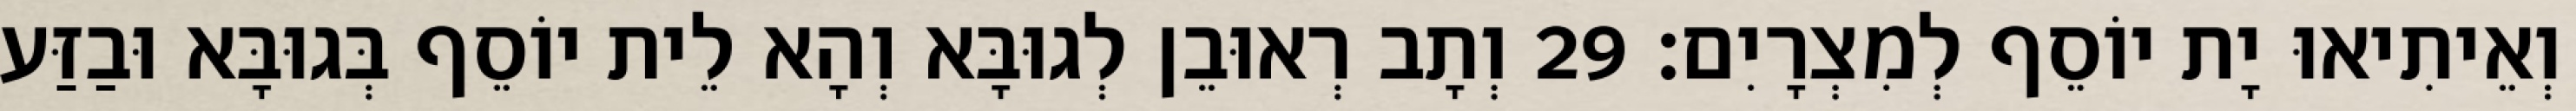
וְאֵיתִיאוּ יָת יוֹסֵף לְמִצְרָיִם׃ 29 וְתָב רְאוּבֵן לְגוּבָּא וְהָא לֵית יוֹסֵף בְּגוּבָּא וּבַזַּע